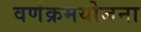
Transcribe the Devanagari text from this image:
वर्णक्रमयोजना